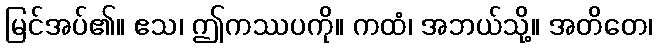
မြင်အပ်၏။ ဧသ၊ ဤကဿပကို။ ကထံ၊ အဘယ်သို့။ အတိတေ၊